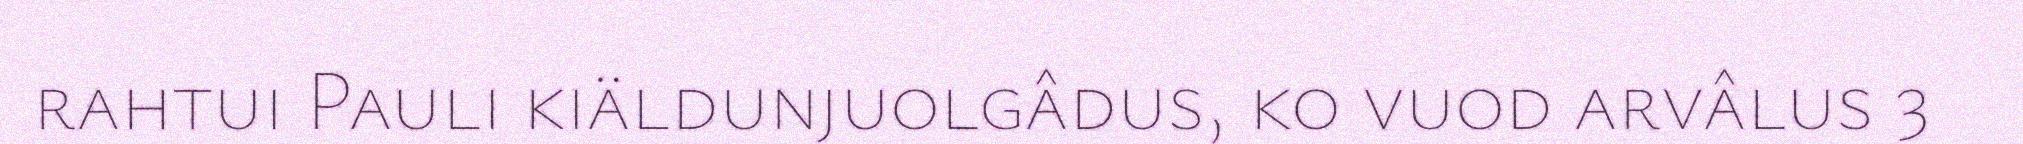
rahtui Pauli kiäldunjuolgâdus, ko vuod arvâlus 3